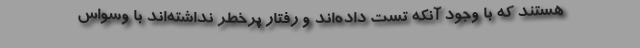
هستند که با وجود آنکه تست داده‌اند و رفتار پرخطر نداشته‌اند با وسواس